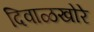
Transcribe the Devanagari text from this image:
दिवाळखोरे